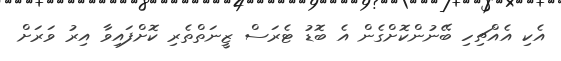
އެކި އެއްޗިހި ބޭނުންކޮށްގެން އެ ބޮޑު ޓެރަސް ޒީނަތްތެރި ކޮށްފައިވާ އިރު ވަރަށް